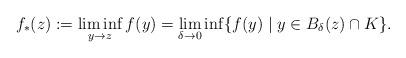
LaTeX: \begin{align*}f_* (z):= \liminf_{y\rightarrow z} f(y) =\lim_{\delta\rightarrow 0} \inf \{ f(y)\mid y\in B_\delta (z)\cap K\}.\end{align*}